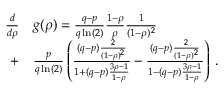
\begin{array} { r l } { \frac { d } { d \rho } } & { g ( \rho ) = \frac { q - p } { q \ln ( 2 ) } \frac { 1 - \rho } { \rho } \frac { 1 } { ( 1 - \rho ) ^ { 2 } } } \\ { + } & { \frac { p } { q \ln ( 2 ) } \left( \frac { ( q - p ) \frac { 2 } { ( 1 - \rho ) ^ { 2 } } } { 1 + ( q - p ) \frac { 3 \rho - 1 } { 1 - \rho } } - \frac { ( q - p ) \frac { 2 } { ( 1 - \rho ) ^ { 2 } } } { 1 - ( q - p ) \frac { 3 \rho - 1 } { 1 - \rho } } \right) \, . } \end{array}